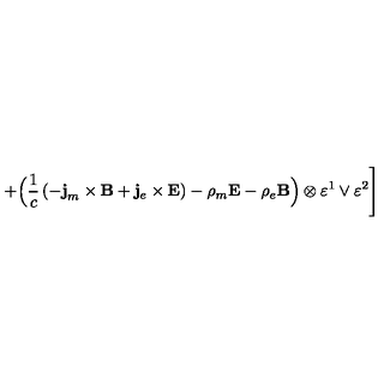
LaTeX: + \Bigl ( \frac 1 c \left( - { \bf j } _ { m } \times { \bf B } + { \bf j } _ { e } \times { \bf E } \right) - \rho _ { m } { \bf E } - \rho _ { e } { \bf B } \Bigr ) \otimes \varepsilon ^ { 1 } \vee \varepsilon ^ { 2 } \Biggr ]